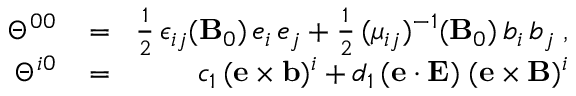
\begin{array} { r l r } { \Theta ^ { 0 0 } \! } & { { } = } & { \! \frac { 1 } { 2 } \, \epsilon _ { i j } ( { \bf B } _ { 0 } ) \, e _ { i } \, e _ { j } + \frac { 1 } { 2 } \, ( \mu _ { i j } ) ^ { - 1 } ( { \bf B } _ { 0 } ) \, b _ { i } \, b _ { j } \; , } \\ { \Theta ^ { i 0 } \! } & { { } = } & { \! c _ { 1 } \, ( { \bf e } \times { \bf b } ) ^ { i } + d _ { 1 } \, ( { \bf e } \cdot { \bf E } ) \; ( { \bf e } \times { \bf B } ) ^ { i } } \end{array}